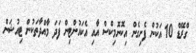
ގްރޭޑް 10 އަކުން ފެށިގެން އިކޮނޮމިކްސް އާއި އެކައުންޓިން ފަދަ މާއްދާތަކުން ޓިއުޝަން